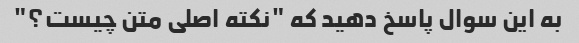
به این سوال پاسخ دهید که "نکته اصلی متن چیست؟"